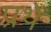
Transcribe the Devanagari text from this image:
प्रथे